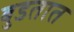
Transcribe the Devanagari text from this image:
बुडतात